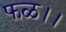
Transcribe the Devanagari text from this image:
फळ।।